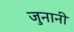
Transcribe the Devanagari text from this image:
जुनानी